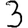
Digit: 3